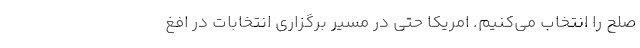
صلح را انتخاب مي‌كنيم. امريكا حتي در مسير برگزاري انتخابات در افغ